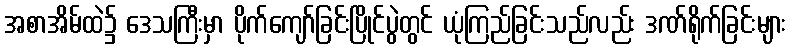
အစာအိမ်ထဲ၌ ဒေသကြီးမှာ ပိုက်ကျော်ခြင်းပြိုင်ပွဲတွင် ယုံကြည်ခြင်းသည်လည်း ဒဏ်ရိုက်ခြင်းများ